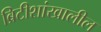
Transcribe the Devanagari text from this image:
ब्रिटीशांखालील